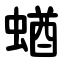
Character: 蝤